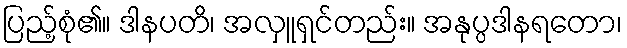
ပြည့်စုံ၏။ ဒါနပတိ၊ အလှူရှင်တည်း။ အနုပ္ပဒါနရတော၊